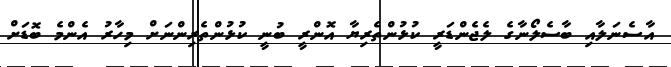
އާސެނަލާއި ބާސެލޯނާގެ ލެޖެންޑަރީ ކުޅުންތެރިޔާ އޮންރީ ބުނީ ކުޅުންތެރިންނަށް މިހާރު އެންމެ ބޮޑަށް